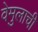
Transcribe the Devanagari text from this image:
वेमुलाची